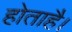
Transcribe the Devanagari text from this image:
होताहै।